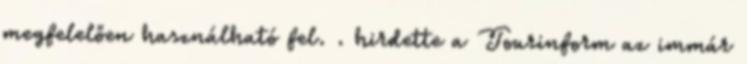
megfelelően használható fel. . hirdette a Tourinform az immár